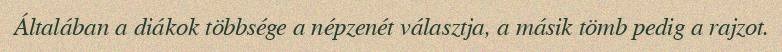
Általában a diákok többsége a népzenét választja, a másik tömb pedig a rajzot.